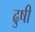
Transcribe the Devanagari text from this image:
ढुषी